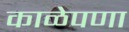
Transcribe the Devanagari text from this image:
काळेपणा